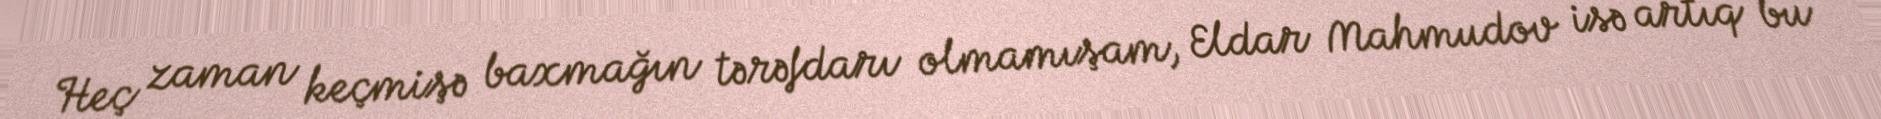
Heç zaman keçmişə baxmağın tərəfdarı olmamışam, Eldar Mahmudov isə artıq bu